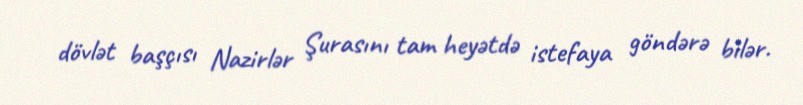
dövlət başçısı Nazirlər Şurasını tam heyətdə istefaya göndərə bilər.